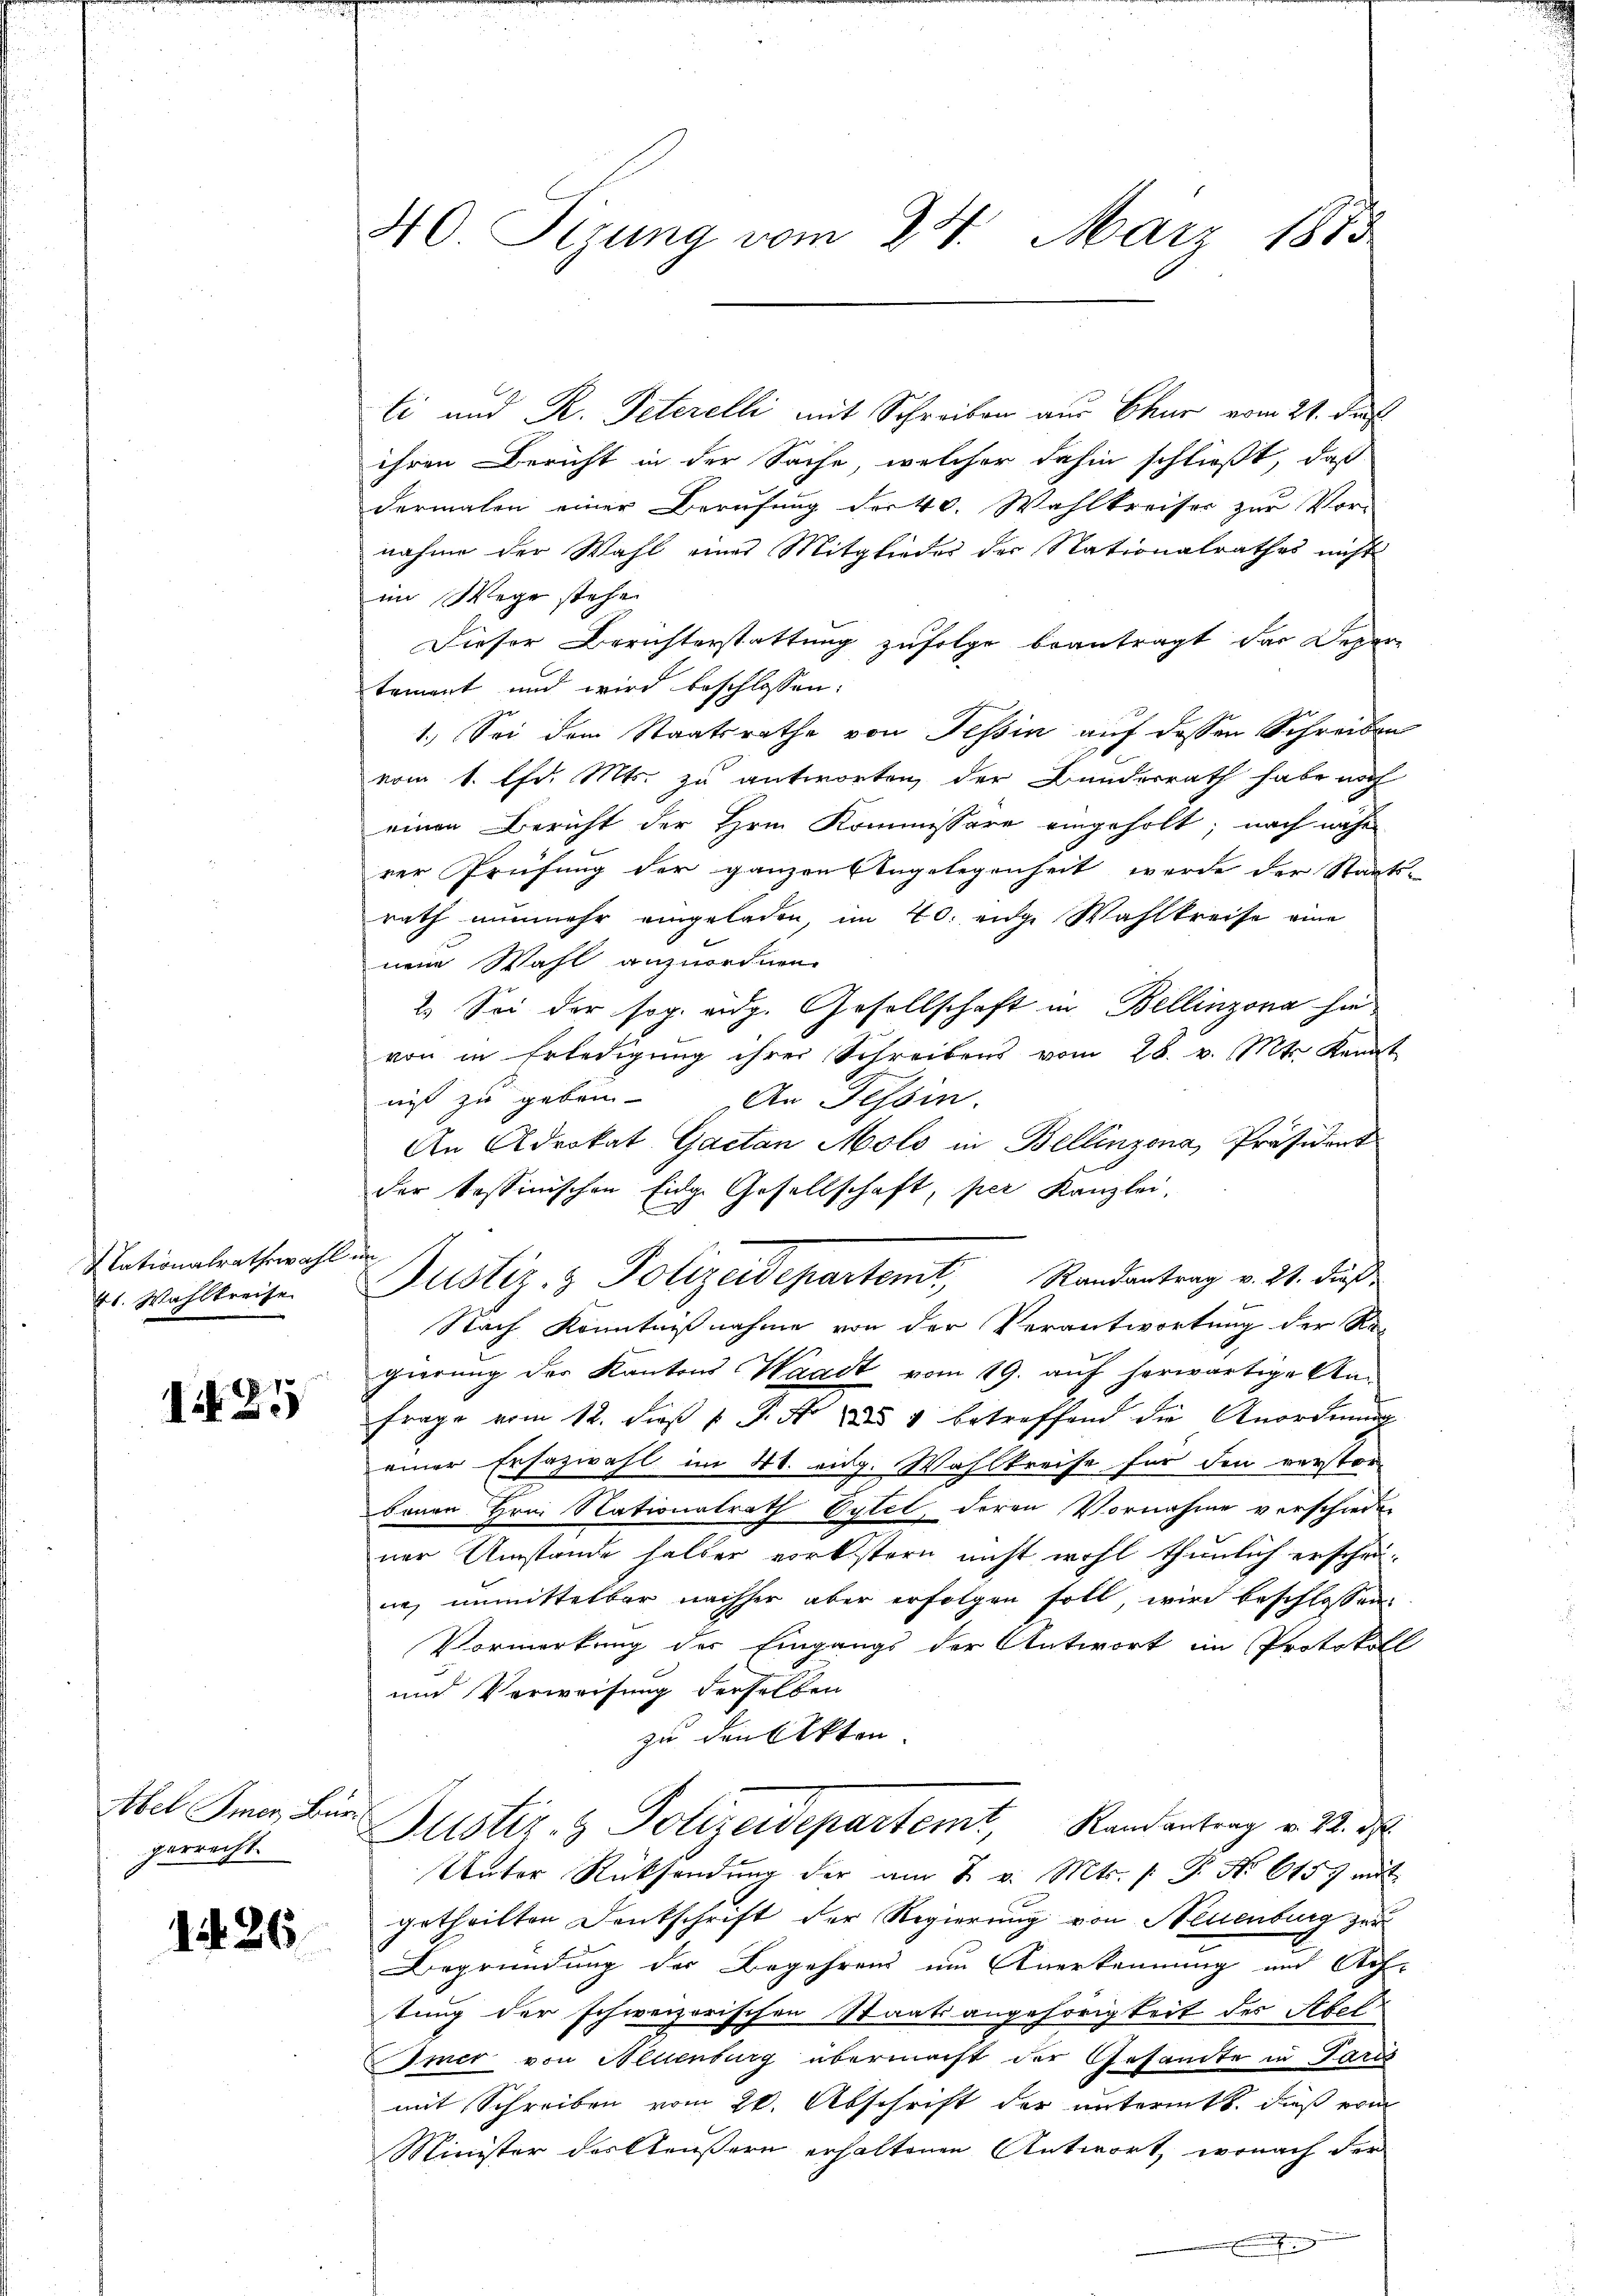
Nationalrathswahl
41. Wahlkreise

125

Abel mer Bür
perrecht.

1426

40 Sizung vom 24. März 1880

ti und R. Peterelli mit Schreiben aus Chur vom 21. Jus
ihren Bericht in der Sache, welcher dahin schließt, daß
dermalen einer Berufung der 40. Wahlkreiser zur Vor-
nahme der Wahl eines Mitgliedes der Nationalrathes nicht
im Wege stehe
Dieser Berichterstattung zufolge beantragt das Depar-
tament und wird beschlossen:
1.) Sei dem Staatsrathe von Tessin auf dessen Schreiben
vom 1. Chr. Mts. zu antworten der Bundesrath habe noch
einen Bericht der Hrn. Kommissäre eingeholt; nach nahe
rer Prüfung der ganzen Angelegenheit werde der Staats-
rath nunmehr eingeladen, im 20. eige Wahlkreise eine
nen Wahl anzuordnen.
2. Sei der sog. eidg. Gesellschaft in Bellinzona sie
von in Erledigung ihrer Schreibens vom 28. v. Mts. Kennt
niß zu geben. An Tessin.
An Advokat Gaetan Molo in Bellinzona, Präsident
der tessinischen Eidge Gesellschaft, per Kanzlei
e
Nach Kenntnißnahme von der Verantwortung der Re-
gierung der Kantons Waadt vom 19. auf herwärtige Anfrage vom 12. dieß 1 P. Nr. 4 betreffend die Anordnung
einer Ersazwahl im 4. eidg. Wahlkreise für den verstor
bauen Hrn. Nationalrath Vytel, deren Vornahme verschieden
ner Umstände halber vorlistern nicht wohl thunlich erschei-
ne, unmittelbar nachher aber erfolgen soll, wird beschlossen,
Vormerkung der Eingangs der Antwort im Protokoll
und Verweisung derselben
zu den Akten.
Justiz- & Polizeidepartemt, Randantrag v. 22. d.
Unter Rücksendŭng der am 2. v. Mts. /: P. Nr. 615 mit
getheilten Denkschrift der Regierung von Neuenburg zur
Begründung der Begehrens um Anerkennung und Auf-
tung der schweizerischen Staatsangehörigkeit der Abel
Imer von Allenburg übermacht der Gesandte in Paris
mit Schreiben vom 26. Abschrift der unterm 8. dieß vom
Minister des Aeußern erhaltenen Antwort, wonach der

Justiz- & Polizeidepartemt, Randantrag v. 21. dieß